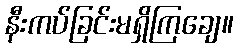
နီးကပ်ခြင်းမရှိကြချေ။